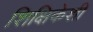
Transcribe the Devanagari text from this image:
शिक्षिकेशी